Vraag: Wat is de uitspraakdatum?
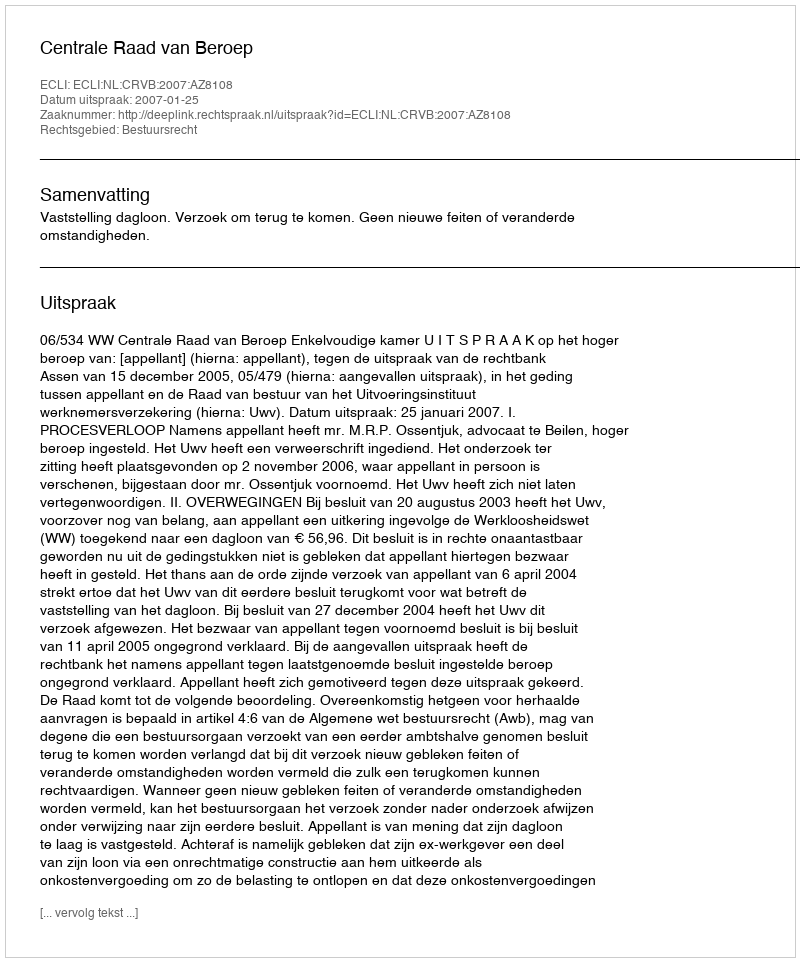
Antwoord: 2007-01-25